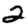
Digit: 2